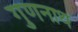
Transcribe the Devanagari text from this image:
गुणनाथ